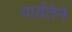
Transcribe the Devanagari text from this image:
पार्यतेने